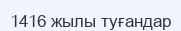
1416 жылы туғандар